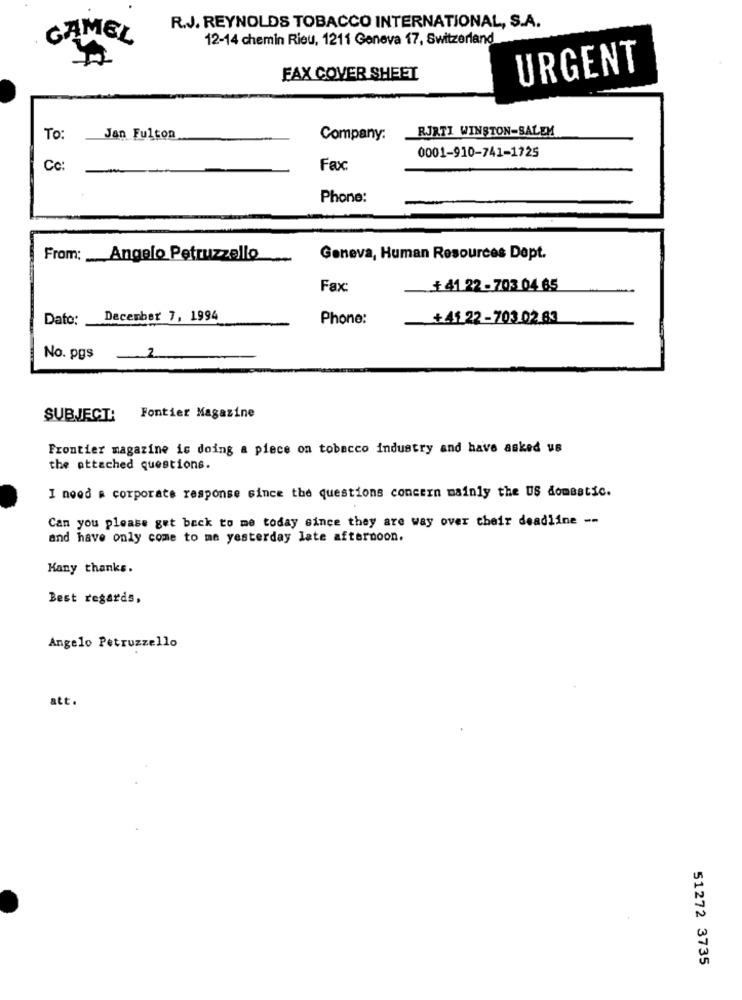
R.J. REYNOLDS TOBACCO INTERNATIONAL, S.A.
GAMEL
12-14 chemin Rieu, 1211 Geneva 17, Switzerland
URGENT
FAX COVER SHEET
RJRTI WINSTON-SALEM
To:
Jan Fulton
Company:
0001-910-741-1725
Cc:
Fax:
Phone:
From: Angelo Petruzzello
Geneva, Human Resources Dept.
Fax:
+ 41 22 - 703 04 65
Dato:
December 7, 1994
Phone:
+41 22-703 02.83
No. pgs
2
SUBJECT:
Fontier Magazine
Frontier magazine is doing a piece on tobacco industry and have asked us
the attached questions.
I need a corporate response since the questions concern mainly the US domestic.
Can you please get back to me today since they are way over their deadline --
and have only come to me yesterday late afternoon.
Kany thanks.
Best regards,
Angelo Petruzzello
att.
51272 3735